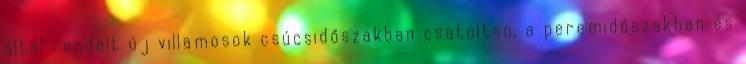
által rendelt új villamosok csúcsidőszakban csatoltan, a peremidőszakban és